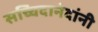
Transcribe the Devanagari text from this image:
सच्चिदानंदांनी